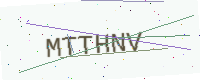
Text: MTTHNV